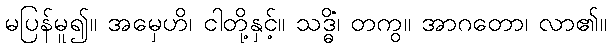
မပြန်မူ၍။ အမှေဟိ၊ ငါတို့နှင့်။ သဒ္ဓိံ၊ တကွ။ အာဂတော၊ လာ၏။